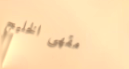
مقهى الخليج